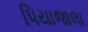
પિયાજાલા